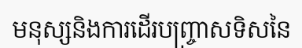
មនុស្សនិងការដើរបញ្ច្រាសទិសនៃ